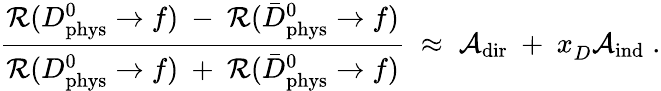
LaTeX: \frac{{\cal R}(D_{\mathrm{phys}}^{0}\rightarrow f)~-~{\cal R}(\bar{D}_{\mathrm{phys}}^{0}\rightarrow f)}{{\cal R}(D_{\mathrm{phys}}^{0}\rightarrow f)~+~{\cal R}(\bar{D}_{\mathrm{phys}}^{0}\rightarrow f)}\; \approx\; {\cal A}_{\mathrm{dir}}~+~x_{D}^{~}{\cal A}_{\mathrm{ind}}\; .